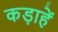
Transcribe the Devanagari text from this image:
कड़ाहें